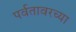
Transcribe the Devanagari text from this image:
पर्वतावरच्या